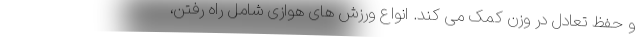
و حفظ تعادل در وزن کمک می کند. انواع ورزش های هوازی شامل راه رفتن،